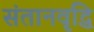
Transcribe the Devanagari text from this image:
संतानवृद्धि